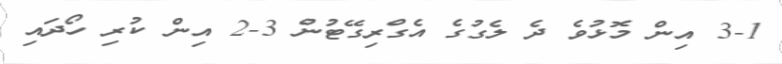
3-1 އިން މޮޅުވެ ދެ ލެގުގެ އެގްރިގޭޓުން 3-2 އިން ކުރި ހޯދައި